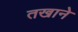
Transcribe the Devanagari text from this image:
तखाने